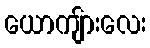
ယောကျ်ားလေး